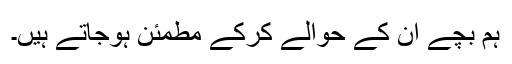
ہم بچے ان کے حوالے کرکے مطمئن ہوجاتے ہیں۔